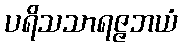
ပရိသသာရဇ္ဇဘယံ